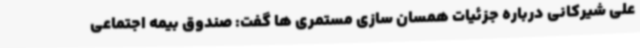
علی شیرکانی درباره جزئیات همسان سازی مستمری ها گفت: صندوق بیمه اجتماعی